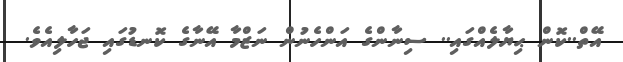
އޭތް..ކޮން ޙިޔާލެއްގައި.. ސިނާންގެ އަންހެނުން ނަޒްމާ އޭނާގެ ކޮނޑުގައި ޖަހާލިއެވެ.